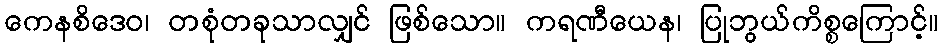
ကေနစိဒေဝ၊ တစုံတခုသာလျှင် ဖြစ်သော။ ကရဏီယေန၊ ပြုဘွယ်ကိစ္စကြောင့်။